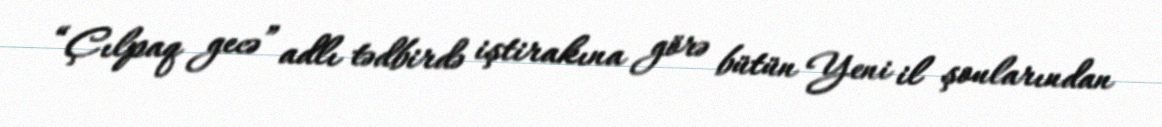
“Çılpaq gecə” adlı tədbirdə iştirakına görə bütün Yeni il şoularından